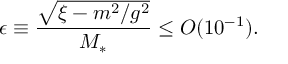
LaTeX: \epsilon \equiv \frac { \sqrt { \xi - m ^ { 2 } / g ^ { 2 } } } { M _ { * } } \leq O ( 1 0 ^ { - 1 } ) .